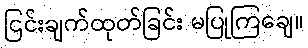
ငြင်းချက်ထုတ်ခြင်း မပြုကြချေ။